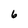
Character: 6